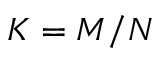
K = M / N